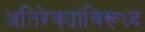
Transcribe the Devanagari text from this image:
अतिरेक्यांविरूध्द